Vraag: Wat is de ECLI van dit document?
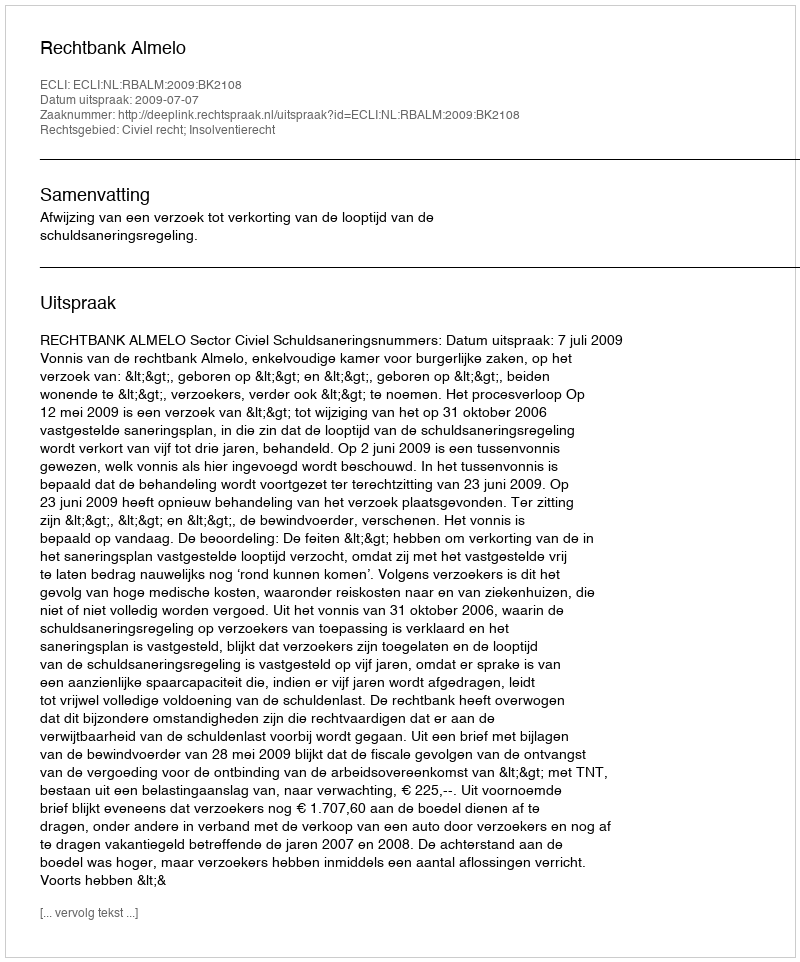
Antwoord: ECLI:NL:RBALM:2009:BK2108